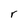
Character: r